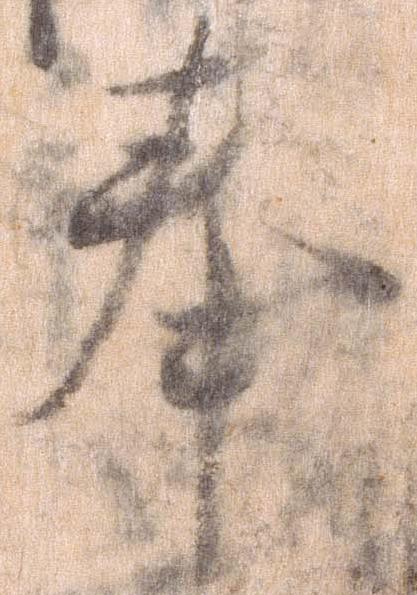
奉